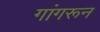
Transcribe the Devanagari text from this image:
गांगरून